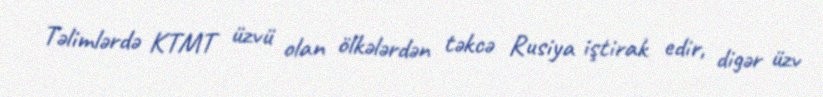
Təlimlərdə KTMT üzvü olan ölkələrdən təkcə Rusiya iştirak edir, digər üzv